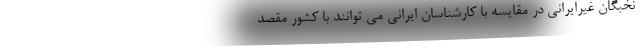
نخبگان غیرایرانی در مقایسه با کارشناسان ایرانی می توانند با کشور مقصد